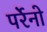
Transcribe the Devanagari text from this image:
पर्रेनो